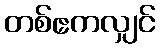
တစ်ဧကလျှင်